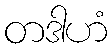
တဒါဟံ